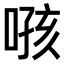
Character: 𫫂